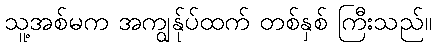
သူ့အစ်မက အကျွန်ုပ်ထက် တစ်နှစ် ကြီးသည်။